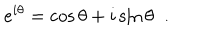
e ^ { i \theta } = \cos { \theta } + i \sin { \theta } \; \; .